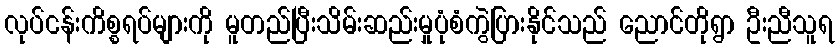
လုပ်ငန်းကိစ္စရပ်များကို မူတည်ပြီးသိမ်းဆည်းမှုပုံစံကွဲပြားနိုင်သည် ညောင်တိုရွာ ဦးညီသူရ